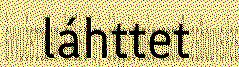
láhttet